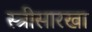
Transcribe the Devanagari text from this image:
स्त्रीसारखा